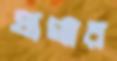
ঘাগ্যার